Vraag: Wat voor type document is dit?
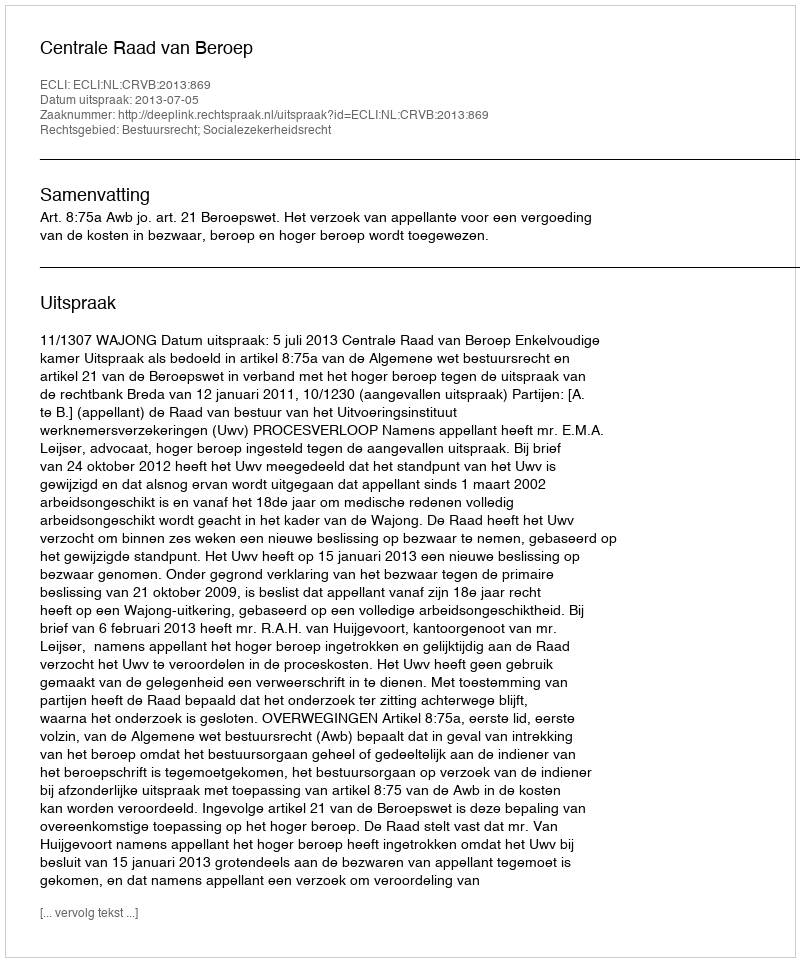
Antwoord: Uitspraak